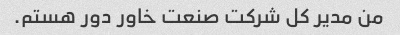
من مدیر کل شرکت صنعت خاور دور هستم.